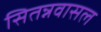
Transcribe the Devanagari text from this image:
सितन्नवासल